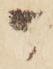
か